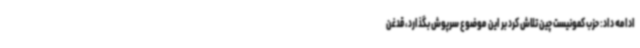
ادامه داد: حزب کمونیست چین تلاش کرد بر این موضوع سرپوش بگذارد، قدغن